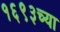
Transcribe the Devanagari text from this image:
१६९३च्या